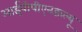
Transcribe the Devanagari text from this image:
आईपीपीएनडब्ल्यू